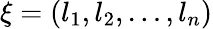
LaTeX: \xi=(l_{1},l_{2},\ldots,l_{n})